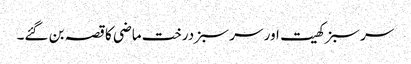
سر سبز کھیت اور سر سبز درخت ماضی کا قصہ بن گئے۔